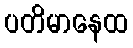
ပတိမာနေထ